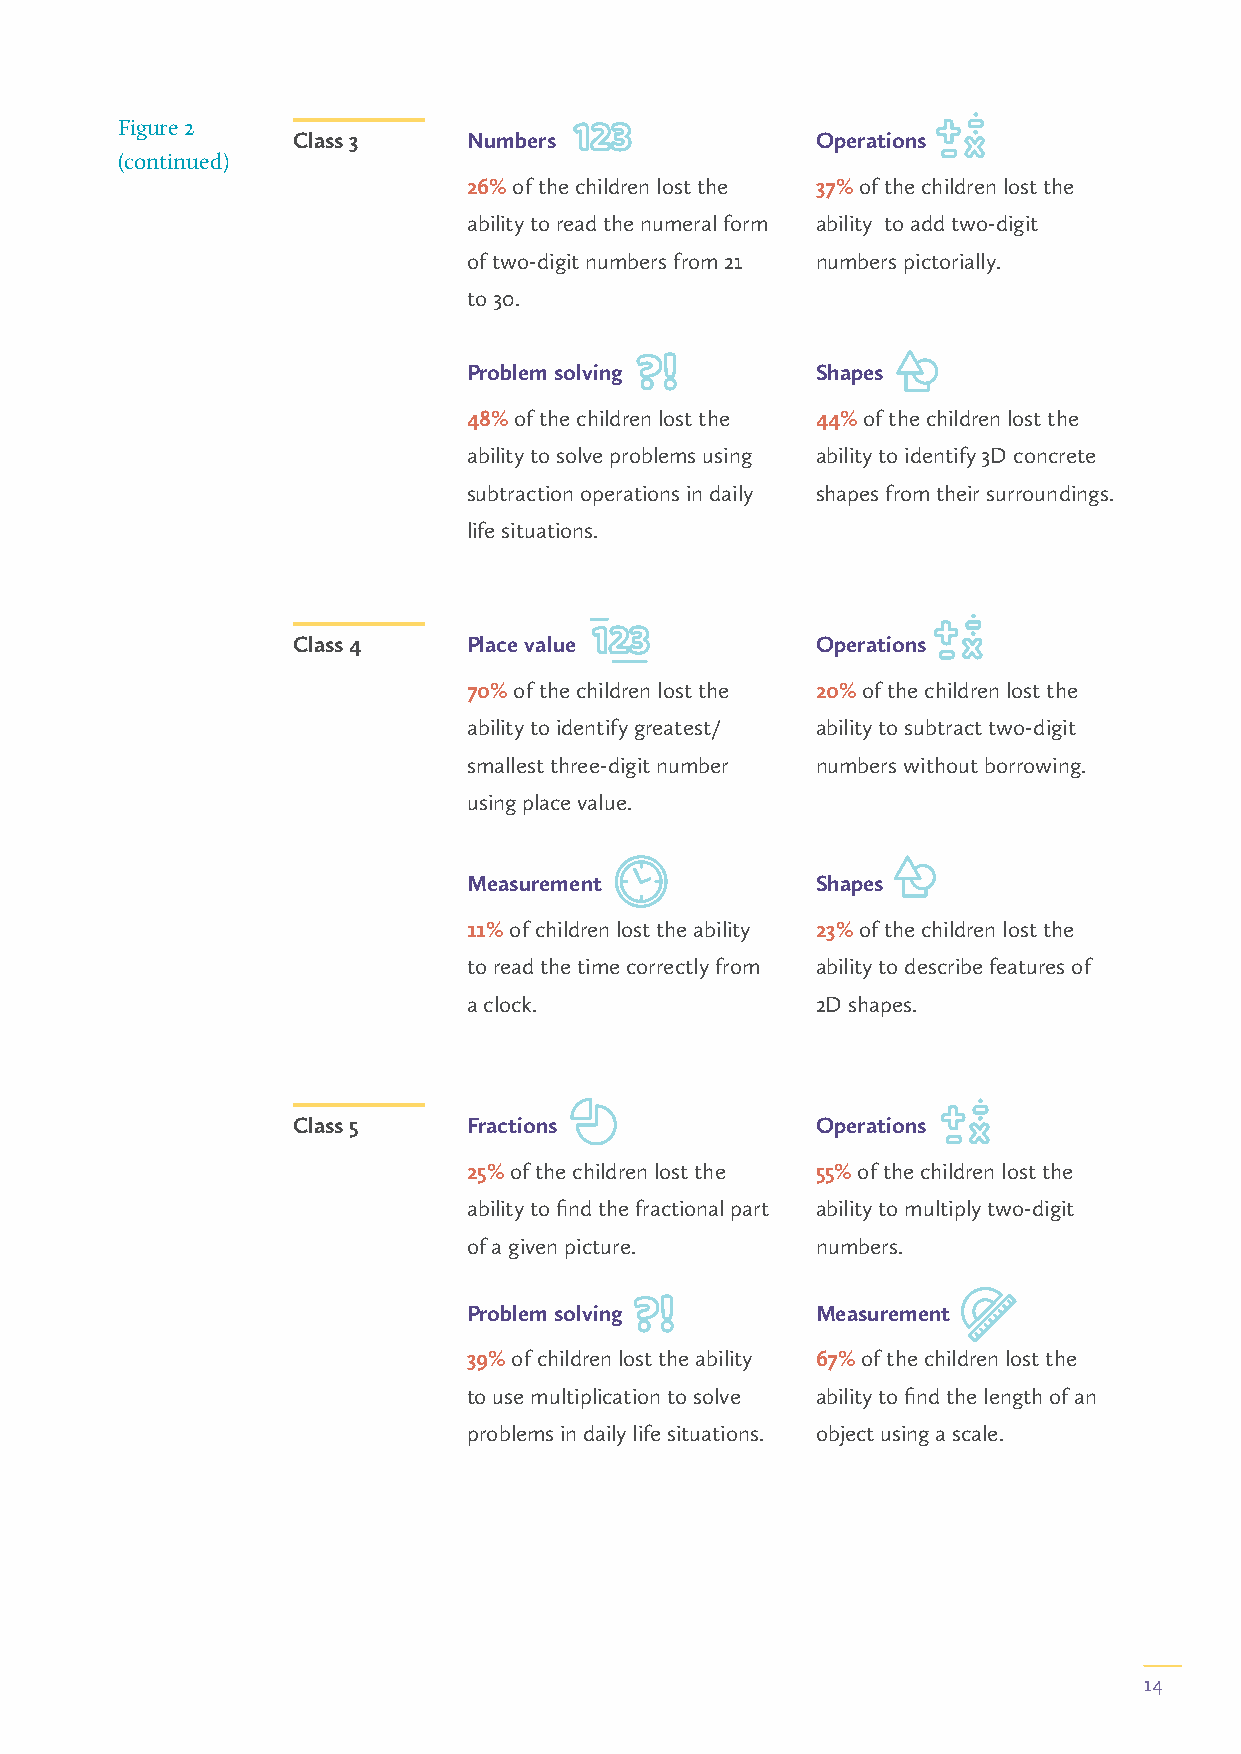
Figure 2
 Class 3     Numbers                Operations
 (continued)
 26% of the children lost the 37% of the children lost the
 ability to read the numeral form ability to add two-digit
 of two-digit numbers from 21 numbers pictorially.
 to 30.
 Problem solving        Shapes
 48% of the children lost the 44% of the children lost the
 ability to solve problems using ability to identify 3D concrete
 subtraction operations in daily shapes from their surroundings.
 life situations.
 Class 4     Place value            Operations
 70% of the children lost the 20% of the children lost the
 ability to identify greatest/ ability to subtract two-digit
 smallest three-digit number numbers without borrowing.
 using place value.
 Measurement            Shapes
 11% of children lost the ability 23% of the children lost the
 to read the time correctly from ability to describe features of
 a clock.               2D shapes.
 Class 5     Fractions              Operations
 25% of the children lost the 55% of the children lost the
 ability to find the fractional part ability to multiply two-digit
 of a given picture.    numbers.
 Problem solving        Measurement
 39% of children lost the ability 67% of the children lost the
 to use multiplication to solve ability to find the length of an
 problems in daily life situations. object using a scale.
 14